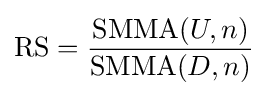
{\text{RS}}={\frac {{\text{SMMA}}(U,n)}{{\text{SMMA}}(D,n)}}